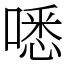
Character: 㗭